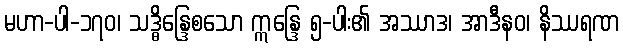
မဟာ-ပါ-၁၇၀၊ သဒ္ဓိန္ဒြေစသော ဣန္ဒြေ ၅-ပါး၏ အဿာဒ၊ အာဒီနဝ၊ နိဿရဏ